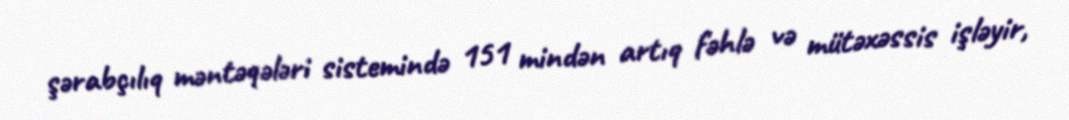
şərabçılıq məntəqələri sistemində 151 mindən artıq fəhlə və mütəxəssis işləyir,